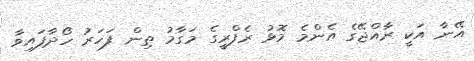
އޭނާ އަކީ ރާއްޖޭގެ އެންމެ މޮޅު ރެފްރީގެ މަގާމު ތިން ފަހަރު ހޯދާފައިވާ